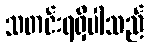
သတင်းရရှိပါသည်